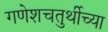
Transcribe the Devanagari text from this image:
गणेशचतुर्थीच्या